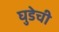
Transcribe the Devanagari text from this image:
घुडेची